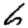
Digit: 6